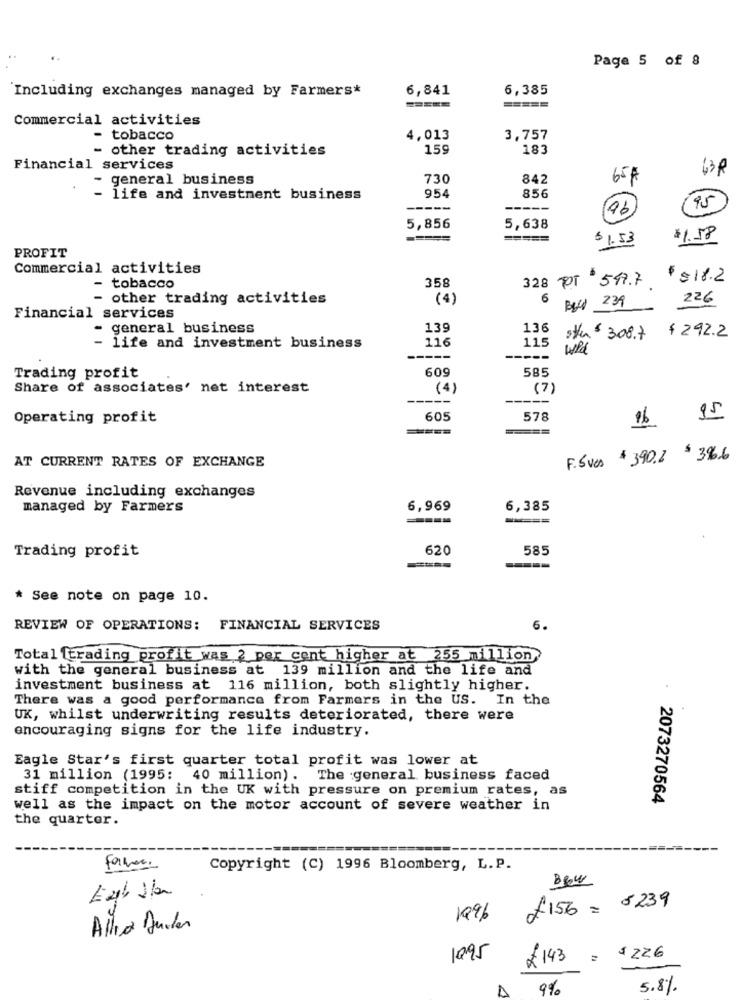
Page 5 of 8
Including exchanges managed by Farmers*
6,841
6,385
Commercial activities
- tobacco
4,013
3,757
- other trading activities
159
183
Financial services
63R
general business
730
842
65#
- life and investment business
954
856
---
-----
95
5,856
5,638
===
$1.53
$1.58
PROFIT
Commercial activities
358
328 POT 517.7
$ $18.2
- tobacco
- other trading activities
(4)
6
226
Byd 239
Financial services
general business
139
136
៛ 292.2
116
115
sten $ 308.7
life and investment business
wild
609
585
Trading profit
Share of associates' net interest
(4)
(7)
Operating profit
605
578
16
15
AT CURRENT RATES OF EXCHANGE
F. Sves $ 3.90.2 $ 39.6
Revenue including exchanges
managed by Farmers
6,969
6,385
----
====
Trading profit
620
585
====
* See note on page 10.
REVIEW OF OPERATIONS: FINANCIAL SERVICES
6.
Total trading profit was 2 per cent higher at 255 million
with the general business at 139 million and the life and
investment business at 116 million, both slightly higher.
There was a good performance from Farmers in the US. In the
UK, whilst underwriting results deteriorated, there were
encouraging signs for the life industry.
Eagle Star's first quarter total profit was lower at
31 million (1995: 40 million). The general business faced
stiff competition in the UK with pressure on premium rates, as
2073270564
well as the impact on the motor account of severe weather in
the quarter.
Copyright (C) 1996 Bloomberg, L.P.
£156 = 5239
1996
Allex Durder
1095
£143
=
$ 226
9%
5.8%